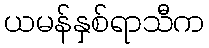
ယမန်နှစ်ရာသီက